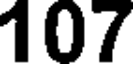
107